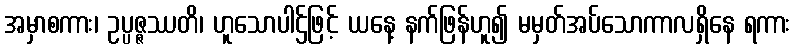
အမှာစကား၊ ဥပ္ပဇ္ဇဿတိ၊ ဟူသောပါဌ်ဖြင့် ယနေ့ နက်ဖြန်ဟူ၍ မမှတ်အပ်သောကာလရှိနေ ရကား